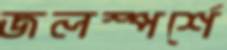
জলস্পর্শে